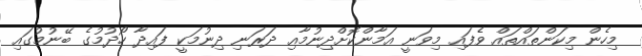
މިހެން މިކަންތައްތައް ވެފައި މިވަނީ އަމާންކޮށްދިނުމާއި ދަރަނި ދިނުމަކީ ފައިދާ ހޯދުމުގެ ބޭނުމުގައި